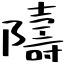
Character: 隯